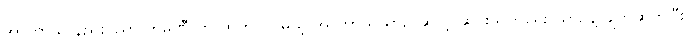
အာကာသ နည်းပညာ ကုမ္ပဏီ က ထုတ်လုပ်မယ့် အာကာသယာဉ် ဆိုတဲ့ ဆင်းသက်ရေး ယာဉ်နဲ့ ချိတ်ဆက်ပြီး